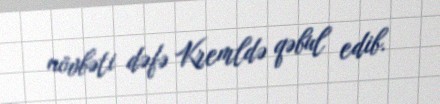
növbəti dəfə Kremldə qəbul edib.